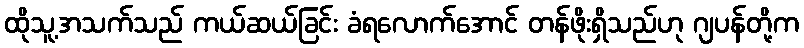
ထိုသူ့အသက်သည် ကယ်ဆယ်ခြင်း ခံရလောက်အောင် တန်ဖိုးရှိသည်ဟု ဂျပန်တို့က